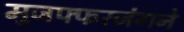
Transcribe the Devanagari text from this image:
मुजफ्फरजंगने